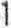
1